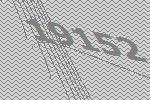
19152